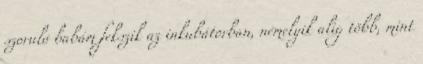
szoruló babám fekszik az inkubátorban, némelyik alig több, mint